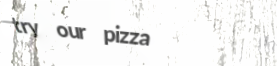
try our pizza